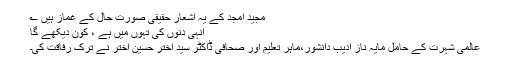
مجید امجد کے یہ اشعار حقیقی صورت حال کے غماز ہیں ؎
انہی دنوں کی تہوں میں ہے ، کون دیکھے گا
عالمی شہرت کے حامل مایہ ناز ادیب دانشور،ماہر تعلیم اور صحافی ڈاکٹر سید اختر حسین اختر نے ترک رفاقت کی۔